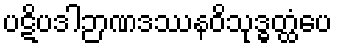
ပဋိပဒါဉာဏဒဿနဝိသုဒ္ဓတ္ထံပေ